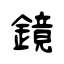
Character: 鏡